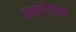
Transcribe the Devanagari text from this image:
हखमेनिशिया